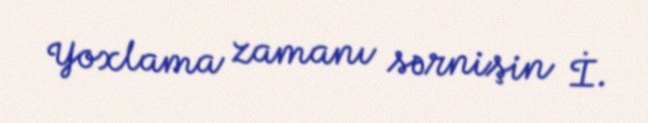
Yoxlama zamanı sərnişin İ.